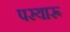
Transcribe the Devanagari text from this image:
परयारू